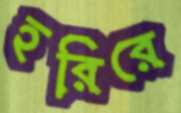
হরিরে